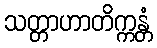
သတ္တာဟာတိက္ကန္တံ